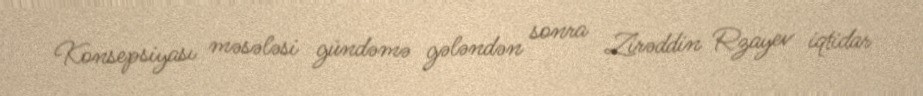
Konsepsiyası məsələsi gündəmə gələndən sonra Zirəddin Rzayev iqtidar